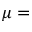
\mu =